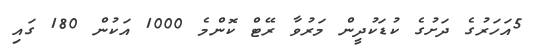
5އަހަރުގެ ދަށުގެ ކުޑަކުދީން މަރުވާ ރޭޓް ކޮންމެ 1000 އަކުން 180 ގައި